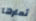
ثمارها